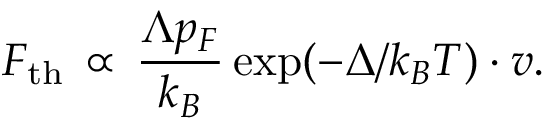
F _ { \mathrm { t h } } \, \propto \, \frac { \Lambda p _ { F } } { k _ { B } } \exp ( - \Delta / k _ { B } T ) \cdot v .